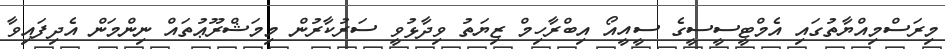
މިރަސްމިއްޔާތުގައި އެމްޓީސީސީގެ ސީއީއޯ އިބްރާހިމް ޒިޔަތު ވިދާޅުވީ ސަރުކާރުން މިމަޝްރޫޢުތައް ނިންމަން އެދިފައިވާ